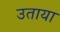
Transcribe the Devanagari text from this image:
उताया